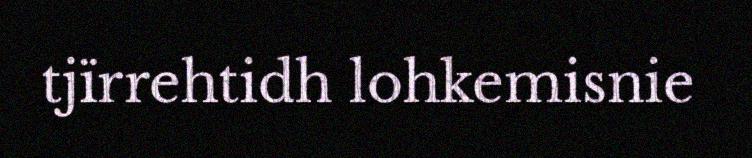
tjïrrehtidh lohkemisnie